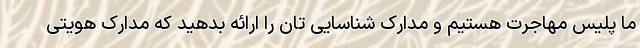
ما پلیس مهاجرت هستیم و مدارک شناسایی تان را ارائه بدهید که مدارک هویتی